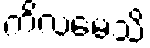
ကိလမေသိ